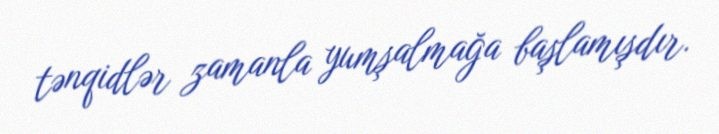
tənqidlər zamanla yumşalmağa başlamışdır.